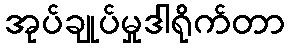
အုပ်ချုပ်မှုဒါရိုက်တာ